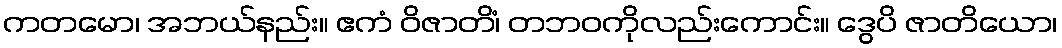
ကတမော၊ အဘယ်နည်း။ ဧကံ ဝိဇာတိံ၊ တဘဝကိုလည်းကောင်း။ ဒွေပိ ဇာတိယော၊